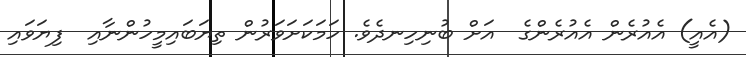
(އެއީ) އެއުރެން އެއުރެންގެ  އަށް ބުނިހިނދެވެ. ހަމަކަށަވަރުން ތިޔަބައިމީހުންނާއި  ފިޔަވައި